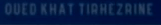
QUED KHAT TIRHEZAIN